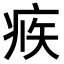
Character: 𤶅